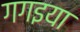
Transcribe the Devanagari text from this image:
गगइया